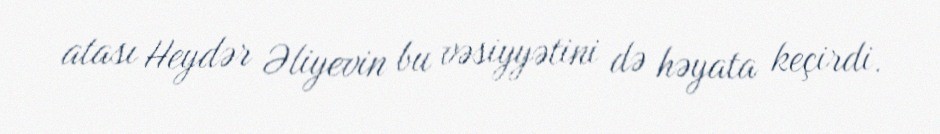
atası Heydər Əliyevin bu vəsiyyətini də həyata keçirdi.